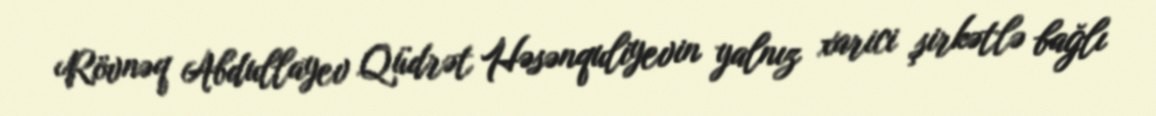
Rövnəq Abdullayev Qüdrət Həsənquliyevin yalnız xarici şirkətlə bağlı